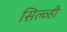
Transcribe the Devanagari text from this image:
सिल्व्ही